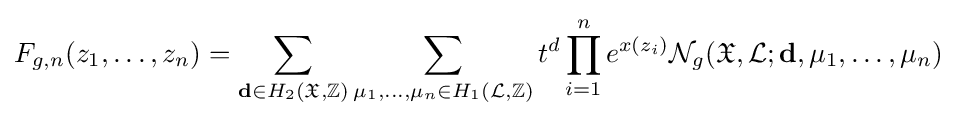
F_{g,n}(z_{1},\dots ,z_{n})=\sum _{\mathbf {d} \in H_{2}({\mathfrak {X}},\mathbb {Z} )}\sum _{\mu _{1},\dots ,\mu _{n}\in H_{1}({\mathcal {L}},\mathbb {Z} )}t^{d}\prod _{i=1}^{n}e^{x(z_{i})}{\mathcal {N}}_{g}({\mathfrak {X}},{\mathcal {L}};\mathbf {d} ,\mu _{1},\dots ,\mu _{n})